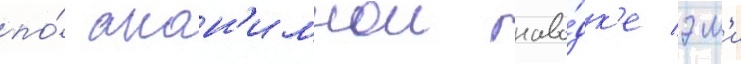
по́ анон'имнои наво́дк'е эм'и